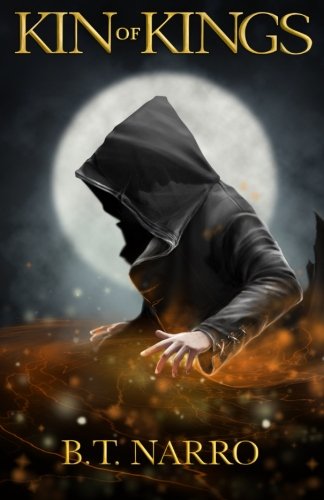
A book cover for Kin of Kings (The Kin of Kings) (Volume 1); B.T. Narro; Science Fiction & Fantasy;